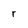
Character: r